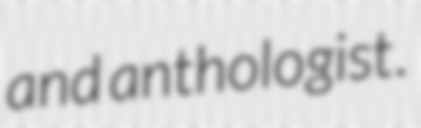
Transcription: and anthologist.